Assam Mental Hospital (Tezpur, India) - 1933-1948
Year: 1933
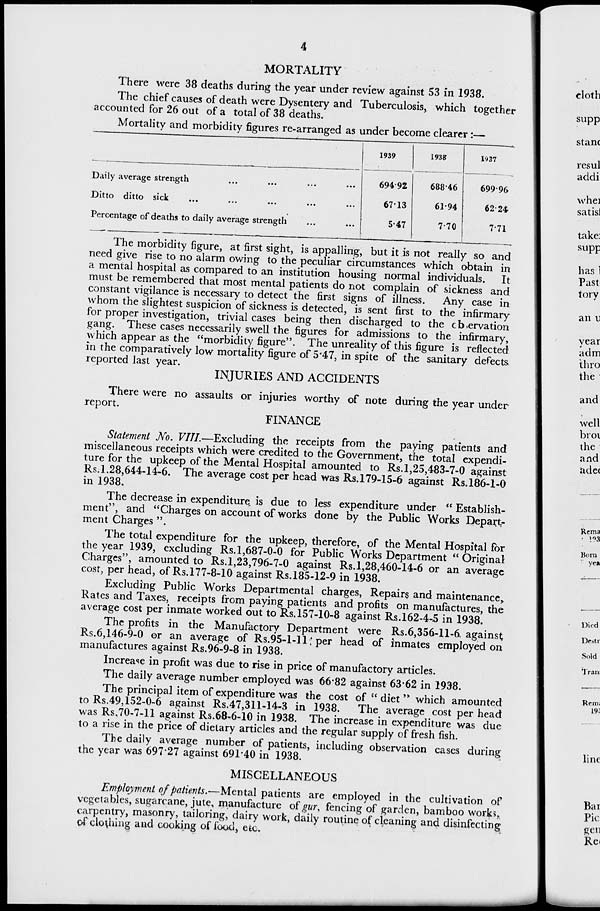
4
MORTALITY
There were 38 deaths during the year under review against 53 in 1938.
The chief causes of death were Dysentery and Tuberculosis, which together
accounted for 26 out of a total of 38 deaths.
Mortality and morbidity figures re-arranged as under become clearer:—
Daily average strength ... ... ... ... ...
Ditto ditto sick ... ... ... ... ...
Percentage of deaths to daily average strength ... ...
1939
694.92
67.13
5.47
1938
688.46
61.94
7.70
1937
699.96
62.24
7.71
The morbidity figure, at first sight, is appalling, but it is not really so and
need give rise to no alarm owing to the peculiar circumstances which obtain in
a mental hospital as compared to an institution housing normal individuals. It
must be remembered that most mental patients do not complain of sickness and
constant vigilance is necessary to detect the first signs of illness. Any case in
whom the slightest suspicion of sickness is detected, is sent first to the infirmary
for proper investigation, trivial cases being then discharged to the observation
gang. These cases necessarily swell the figures for admissions to the infirmary,
which appear as the "morbidity figure". The unreality of this figure is reflected
in the comparatively low mortality figure of 5.47, in spite of the sanitary defects
reported last year.
INJURIES AND ACCIDENTS
There were no assaults or injuries worthy of note during the year under
report.
FINANCE
Statement No. VIII.—Excluding the receipts from the paying patients and
miscellaneous receipts which were credited to the Government, the total expendi-
ture for the upkeep of the Mental Hospital amounted to Rs. 1,25,483-7-0 against
Rs.1.28,644-14-6. The average cost per head was Rs.179-15-6 against Rs.186-1-0
in 1938.
The decrease in expenditure is due to less expenditure under " Establish-
ment", and "Charges on account of works done by the Public Works Depart-
ment Charges ".
The total expenditure for the upkeep, therefore, of the Mental Hospital for
the year 1939, excluding Rs.1,687-0-0 for Public Works Department " Original
Charges", amounted to Rs.1,23,796-7-0 against Rs. 1,28,460-14-6 or an average
cost, per head, of Rs.177-8-10 against Rs.185-12-9 in 1938.
Excluding Public Works Departmental charges, Repairs and maintenance,
Rates and Taxes, receipts from paying patients and profits on manufactures, the
average cost per inmate worked out to Rs.157-10-8 against Rs.162-4-5 in 1938.
The profits in the Manufactory Department were Rs.6,356-11-6 against
Rs.6,146-9-0 or an average of Rs.95-1-11: per head of inmates employed on
manufactures against Rs.96-9-8 in 1938.
Increase in profit was due to rise in price of manufactory articles.
The daily average number employed was 66.82 against 63.62 in 1938.
The principal item of expenditure was the cost of " diet " which amounted
to Rs.49,152-0-6 against Rs.47,311-14-3 in 1938.
The average cost per head
was Rs.70-7-11 against Rs.68-6-10 in 1938. The increase in expenditure was due
to a rise in the price of dietary articles and the regular supply of fresh fish.
The daily average number of patients, including observation cases during
the year was 697.27 against 691.40 in 1938.
MISCELLANEOUS
Employment of patients.—Mental patients are employed in the cultivation of
vegetables, sugarcane, jute, manufacture of gur. fencing of garden, bamboo works,
carpentry, masonry, tailoring, dairy work, daily routine of cleaning and disinfecting
of clothing and cooking of food, etc.